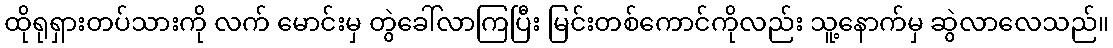
ထိုရုရှားတပ်သားကို လက် မောင်းမှ တွဲခေါ်လာကြပြီး မြင်းတစ်ကောင်ကိုလည်း သူ့နောက်မှ ဆွဲလာလေသည်။